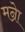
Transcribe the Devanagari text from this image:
मन्रेा